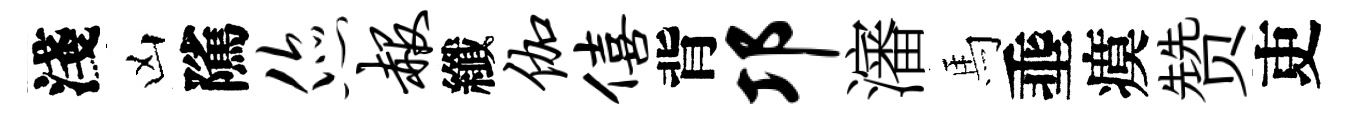
淺凶隲您赧纖伽僖背邛瀋馬埀瘼赞吏